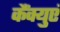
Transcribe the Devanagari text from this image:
कैंक्युएं